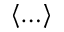
\left< \ldots \right>